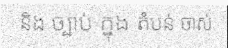
និង ច្បាប់ ក្នុង តំបន់ ចាស់